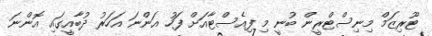
ޓޫރިޒަމް މިނިސްޓްރީން ބުނީ މި ފިއެސްޓާއަށް ފަހު އަންނަ އަހަރު ދުބާއީގައި އޮންނަ